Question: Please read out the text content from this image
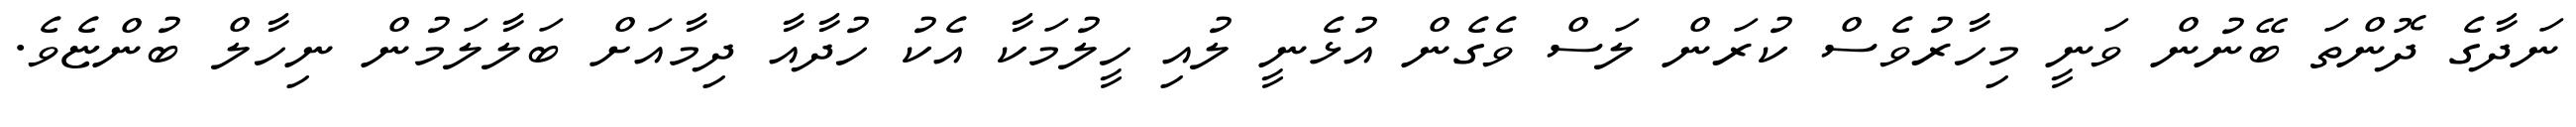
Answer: ނަދާގެ ދޮންތަ ބޭނުން ވަނީ މިހާރުވެސް ކުރަން ލަސް ވެގެން އުޅެނީ ލުއި ހީލުމަކާ އެކު ހުދާއާ ދިމާއަށް ބަލާލަމުން ނިހާލް ބުންޏެވެ.